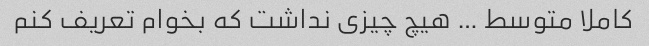
کاملا متوسط … هیچ چیزی نداشت که بخوام تعریف کنم